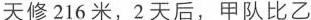
天修216米，2天后，甲队比乙